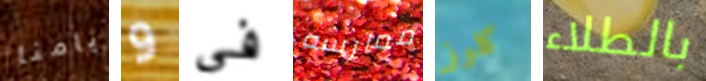
أيامنا و في ممارسه كلوز بالطلاء